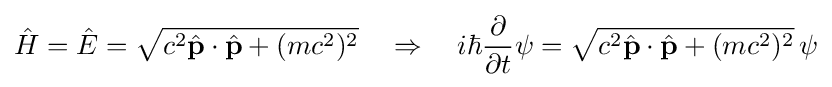
{\hat {H}}={\hat {E}}={\sqrt {c^{2}{\hat {\mathbf {p} }}\cdot {\hat {\mathbf {p} }}+(mc^{2})^{2}}}\quad \Rightarrow \quad i\hbar {\frac {\partial }{\partial t}}\psi ={\sqrt {c^{2}{\hat {\mathbf {p} }}\cdot {\hat {\mathbf {p} }}+(mc^{2})^{2}}}\,\psi